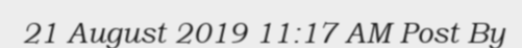
21 August 2019 11:17 AM Post By